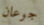
جوعان